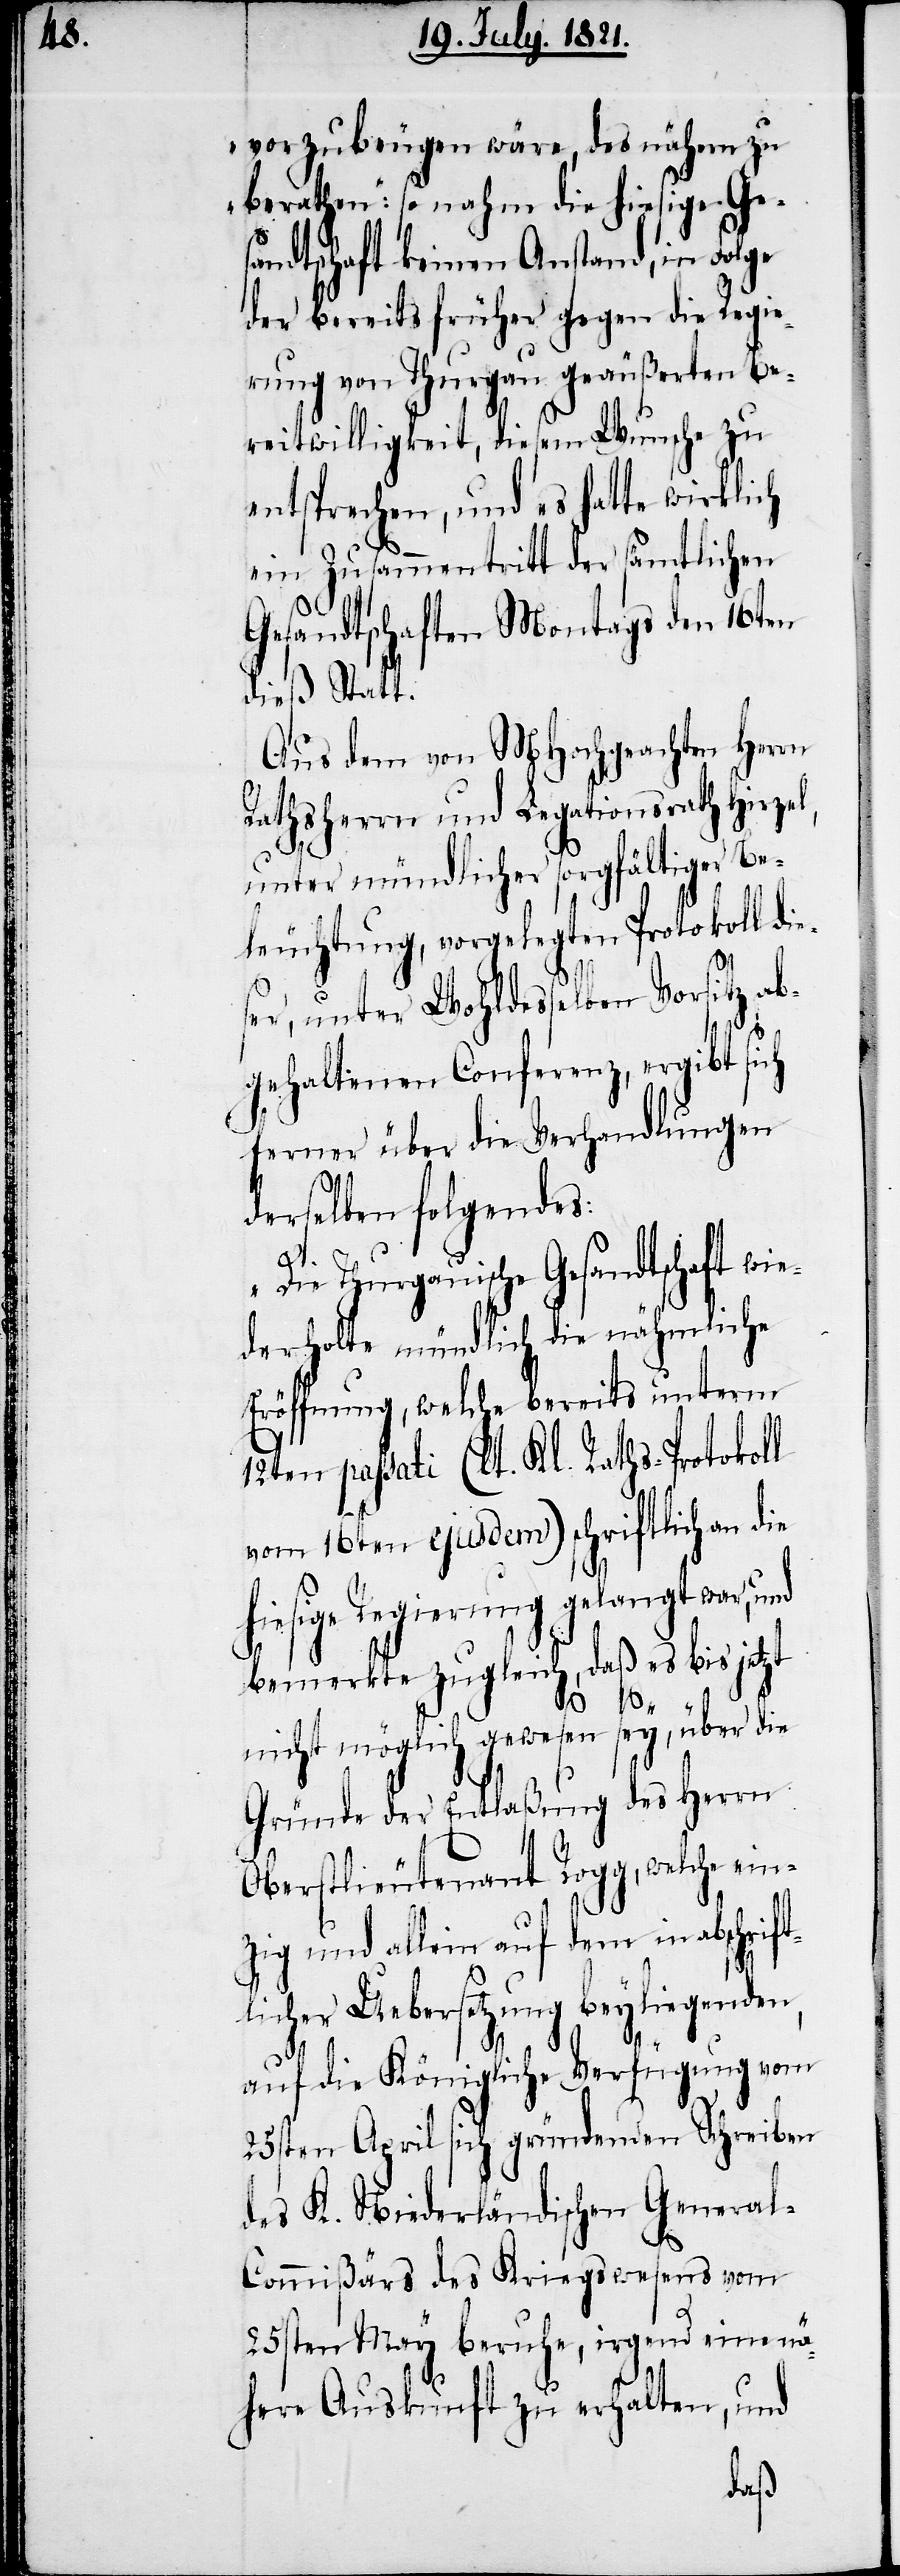
vorzubeugen wäre, des nähern zu
berathen“: so nahm die hiesige Ge¬
sandtschaft keinen Anstand, in Folge
der bereits früher gegen die Regie¬
rung von Thurgau geäußerten Be¬
reitwilligkeit, diesem Wunsche zu
entsprechen, und es hatte wirklich
ein Zusammentritt der sämtlichen
Gesandtschaften Montags den 16ten
dieß Statt.
Aus dem von MHochgeachten Herrn
Rathsherrn und Legationsrath Hirzel,
unter mündlicher sorgfältiger Be¬
leuchtung, vorgelegten Protokoll die¬
ser, unter Wohldesselben Vorsitz ab¬
gehaltenen Conferenz, ergibt sich
ferner über die Verhandlungen
derselben folgendes:
„Die Thurgauische Gesandtschaft w¬
derholte mündlich die nähmliche
Eröffnung, welche bereits unterm
12ten passati (lt. Kl. Raths-Protokoll
vom 16ten ejusdem) schriftlich an die
hiesige Regierung gelangt war,
bemerkte zugleich, daß es bis jetzt
ie¬
nicht möglich gewesen sey, über die
Gründe der Entlaßung des Herrn
Oberstlieutenant Rogg, welche ein¬
zig und allein auf dem in abschrift¬
licher Uebersetzung beyliegenden,
auf die Königliche Verfügung vom
25sten April sich gründenden Schreiben
des K. Niederländischen Genera¬
l-Commißärs des Kriegswesens vom
25sten May beruhe, irgend eine nä¬
here Auskunft zu erhalten, und